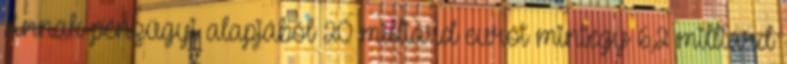
Annak pénzügyi alapjából 20 milliárd eurót mintegy 6,2 milliárd